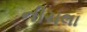
નીચલા